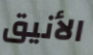
الأنيق